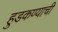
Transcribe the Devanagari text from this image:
हुडकण्याची